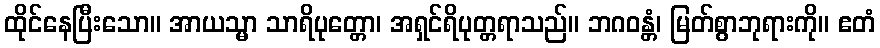
ထိုင်နေပြီးသော။ အာယသ္မာ သာရိပုတ္တော၊ အရှင်ရိပုတ္တရာသည်။ ဘဂဝန္တံ၊ မြတ်စွာဘုရားကို။ ဧတံ